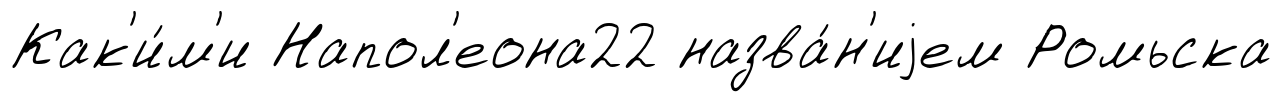
Как'и́м'и Напол'еона22 назва́н'иjем Ромьска